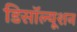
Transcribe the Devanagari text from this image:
डिसॉल्यूशन